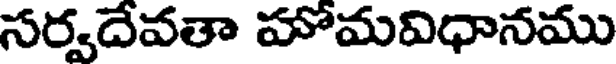
సర్వదేవతా హోమవిధానము